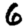
Digit: 6